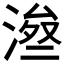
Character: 𱧫